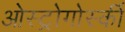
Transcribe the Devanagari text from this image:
ओस्ट्रोगोर्स्की